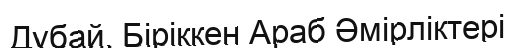
Дубай, Біріккен Араб Әмірліктері